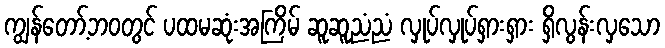
ကျွန်တော့်ဘဝတွင် ပထမဆုံးအကြိမ် ဆူဆူညံညံ လှုပ်လှုပ်ရှားရှား ရှိလွန်းလှသော